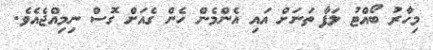
މިހާރު ބޯއްޓު ލަފާ ތަނަށް އައި އެންމެން ހެން ގެއަށް ގޮސް ނިމިއްޖެއެވެ.